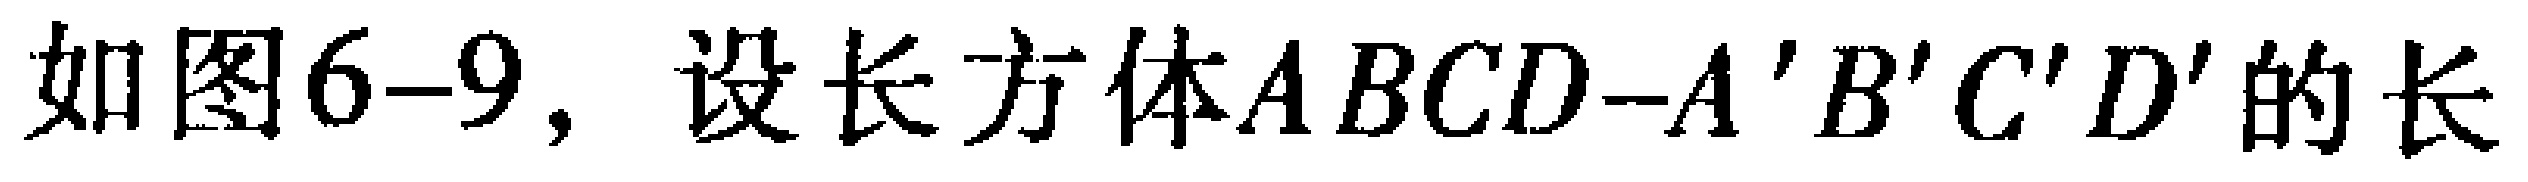
如图6-9，设长方体\(ABCD - A'B'C'D'\)的长